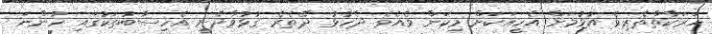
ހަރަކާތްތެރިވެ އުޅުމަށް އެހީއަކަށް މިކަން ވެއެވެ. ދެހުޅު ދޭތެރެ ގުޅުވާދެނީ އެހިސާބުތަކުގައި ހުންނަ